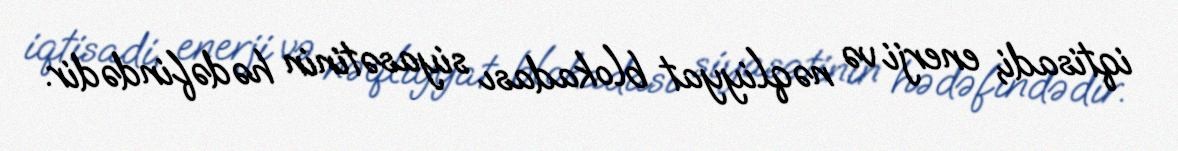
iqtisadi, enerji və nəqliyyat blokadası siyasətinin hədəfindədir.